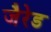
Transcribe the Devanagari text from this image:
जैरेड